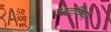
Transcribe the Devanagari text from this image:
अदविया